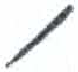
אות: ו